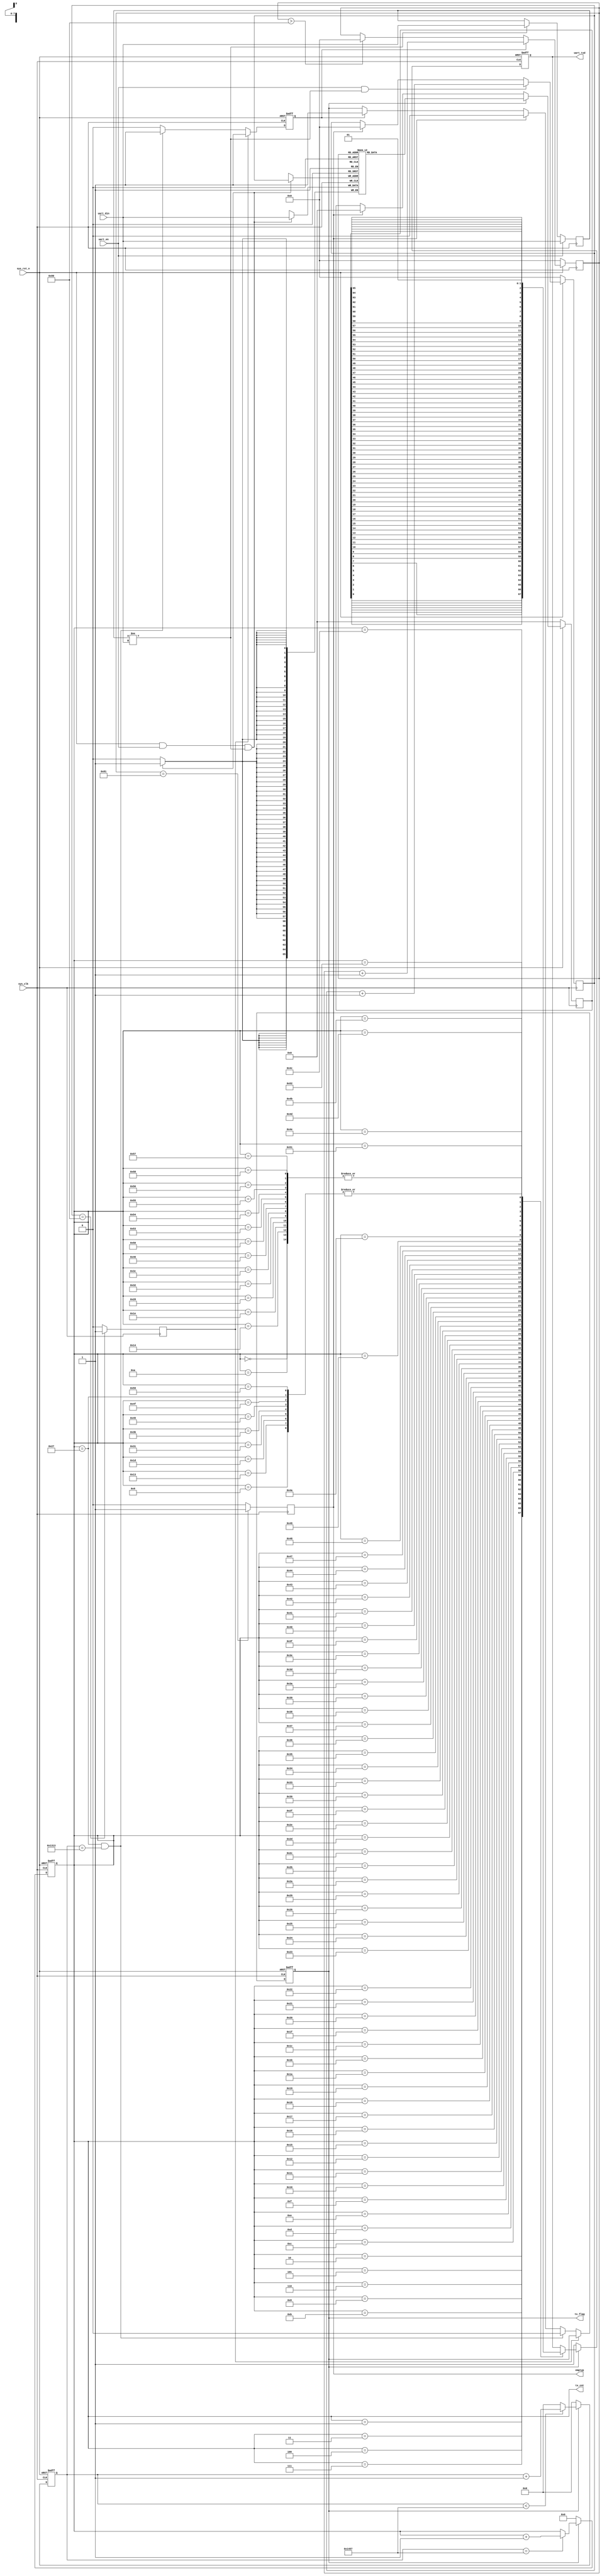
module uart_send
#(
parameter  WIDTH = 66,
parameter  CLK_FREQ = 50000000,            //ϵͳʱƵ
parameter  UART_BPS = 9600,                //ڲ
parameter  COUNT = 8,
parameter  DEPTH = 128
)
(
    input	      sys_clk,                  //ϵͳʱ
    input         sys_rst_n,                //ϵͳλ͵ƽЧ
    
    input         uart_en,                  //ʹź
    input  [WIDTH-1:0] uart_din,                 //
    
    output  reg   tx_flag,                  //͹̱־ź            
    output  reg [6:0] tx_cnt,              //ݼ
	output	emptyp,
    output  reg   uart_txd                  //UARTͶ˿
    );
    
//parameter define

localparam  BPS_CNT  = CLK_FREQ/UART_BPS;   //ΪõָʣϵͳʱӼBPS_CNT

//reg define
reg             	  emptyp;
reg             	  fullp;
reg	 [WIDTH-1:0]	  x;
reg					  rd_flag;
reg  [WIDTH-1:0] 	  tx_data;
reg	 [(COUNT-1):0]    tail;
reg	 [(COUNT-1):0]    head;  
reg  [15:0] 		  clk_cnt;                           //ϵͳʱӼ
reg	 [WIDTH-1:0]      fifomem[0:DEPTH];
//*****************************************************
//**                    main code
//*****************************************************
// douttailֵָָ
always @(posedge sys_clk)  begin
  if(!sys_rst_n) begin
    tx_data <= 66'd0;       // λźЧ0
  end
  else if(tx_flag)begin
    tx_data <= fifomem[tail];	//fifomemеtailԪdout
  end
  else if (emptyp == 1'b1)
	tx_data <= 66'd0;
  else 
	tx_data <= tx_data;
end
//tailָ
always @(posedge sys_clk) begin
    if(!sys_rst_n) begin
        tail<=8'd0;
    end
    else begin
        if(rd_flag==1'b1) 
        tail<=tail+1;
        else if (tail>DEPTH)
		tail<=8'd0;
    end
end

// д
always @(posedge sys_clk) begin
    if(sys_rst_n==1'b1 && uart_en==1'b1&& x!=uart_din ) begin
        fifomem[head]<=uart_din;      // д
    end
end
//xӳһ
/*always@(posedge sys_clk)
begin
	if(!sys_rst_n)
		x_delay <= 1'b0;
	else
		x_delay <= x;
end*/
//ÿdinֵǷͬ
always @(posedge sys_clk) begin
	if (uart_en==1'b1)
		x <= uart_din;
	else if (x != uart_din)
		x <= uart_din;
	else
		x <= x;
end	
// headָ
always @(posedge sys_clk) begin
    if(!sys_rst_n) begin
        head<=8'd0;
    end
    else begin
        if(uart_en==1'b1&& x!=uart_din) 
        head<=head+1;
        else if (emptyp==1'b1)
		head<=8'd0;
    end
end
// emptyָ
always @(posedge sys_clk) begin
   if (tail == DEPTH + 1)
      emptyp <= 1'b1;      //countΪ0ʱemptypΪ1
   else
      emptyp <= 1'b0;
end

always @(posedge sys_clk) begin
   if (head == DEPTH)
      fullp <= 1'b1;                     //ʱfullpΪ1
   else
      fullp <= 1'b0;
end

//źen_flagʱ,Ĵ͵ݣ뷢͹          
always @(posedge sys_clk or negedge sys_rst_n) begin         
    if (!sys_rst_n) begin                                  
        tx_flag <= 1'b0;
		rd_flag <= 1'b0;
    end 
    else if (fullp) begin                //⵽fifomemװ                      
            rd_flag <= 1'b1;                //뷢͹̣־λrd_flag
	end 											
    else if ((tx_cnt == 7'd39) && (clk_cnt == BPS_CNT - (BPS_CNT/16)))begin //ֹͣλʱֹͣ͹                                       
            rd_flag <= 1'b1;
			tx_flag <= 1'b0;			//͹̽־λtx_flag
	end
	else if (emptyp == 1'b1) begin	
			tx_flag <= 1'b0;
			rd_flag <= 1'b0;                            
    end
	else if(rd_flag == 1'b1)begin                                     
            tx_flag <= 1'b1;                
            rd_flag	<=1'b0; 			
	end			
    else 
		tx_flag <= tx_flag;               
end

//뷢͹̺ϵͳʱӼ
always @(posedge sys_clk or negedge sys_rst_n) begin         
    if (!sys_rst_n)                             
        clk_cnt <= 16'd0;                                  
    else if (tx_flag) begin                 //ڷ͹
        if (clk_cnt < BPS_CNT - 1)
            clk_cnt <= clk_cnt + 1'b1;
        else
            clk_cnt <= 16'd0;               //ϵͳʱӼһں
    end
    else                             
        clk_cnt <= 16'd0; 				    //͹̽
end

//뷢͹̺ݼ
always @(posedge sys_clk or negedge sys_rst_n) begin         
    if (!sys_rst_n)                             
        tx_cnt <= 7'd0;
    else if (tx_flag) begin                 //ڷ͹
        if (clk_cnt == BPS_CNT - 1)			//ϵͳʱӼһ
            tx_cnt <= tx_cnt + 1'b1;		//ʱݼ1
        else
            tx_cnt <= tx_cnt;       
    end
    else                              
        tx_cnt  <= 7'd0;				    //͹̽
end

//ݷݼuartͶ˿ڸֵ
always @(posedge sys_clk or negedge sys_rst_n) begin        
    if (!sys_rst_n)  
        uart_txd <= 1'b1;        
    else if (tx_flag)
        case(tx_cnt)
            7'd0: uart_txd <= 1'b0;         //ʼλ 
            7'd1: uart_txd <= tx_data[0];   //λλ
            7'd2: uart_txd <= tx_data[1];
            7'd3: uart_txd <= tx_data[2];
            7'd4: uart_txd <= tx_data[3];
            7'd5: uart_txd <= tx_data[4];
            7'd6: uart_txd <= tx_data[5];
			7'd7: uart_txd <= tx_data[6];
            7'd8: uart_txd <= tx_data[7];
			7'd9: uart_txd <= 1'b1;
			
			7'd10: uart_txd <= 1'b0;   
			7'd11: uart_txd <= tx_data[8];   
            7'd12: uart_txd <= tx_data[9];
            7'd13: uart_txd <= tx_data[10];
            7'd14: uart_txd <= tx_data[11];
			7'd15: uart_txd <= tx_data[12];
            7'd16: uart_txd <= tx_data[13];
            7'd17: uart_txd <= tx_data[14];
            7'd18: uart_txd <= tx_data[15];
			7'd19: uart_txd <= 1'b1;
			
			7'd20: uart_txd <= 1'b0;
			7'd21: uart_txd <= tx_data[16];
            7'd22: uart_txd <= tx_data[17];
			7'd23: uart_txd <= tx_data[18];
            7'd24: uart_txd <= tx_data[19];
            7'd25: uart_txd <= tx_data[20];
            7'd26: uart_txd <= tx_data[21];
			7'd27: uart_txd <= tx_data[22];
            7'd28: uart_txd <= tx_data[23];
			7'd29: uart_txd <= 1'b1;
			
			7'd30: uart_txd <= 1'b0;
            7'd31: uart_txd <= tx_data[24];
            7'd32: uart_txd <= tx_data[25];
			7'd33: uart_txd <= tx_data[26];
            7'd34: uart_txd <= tx_data[27];
            7'd35: uart_txd <= tx_data[28];
            7'd36: uart_txd <= tx_data[29];
			7'd37: uart_txd <= tx_data[30];
			7'd38: uart_txd <= tx_data[31];
			7'd39: uart_txd <= 1'b1;
			
			7'd40: uart_txd <= 1'b0;
			7'd41: uart_txd <= tx_data[32];
            7'd42: uart_txd <= tx_data[33];
            7'd43: uart_txd <= tx_data[34];
            7'd44: uart_txd <= tx_data[35];
			7'd45: uart_txd <= tx_data[36];
            7'd46: uart_txd <= tx_data[37];
            7'd47: uart_txd <= tx_data[38];
            7'd48: uart_txd <= tx_data[39];
			7'd49: uart_txd <= 1'b1;
			
			7'd50: uart_txd <= 1'b0;
            7'd51: uart_txd <= tx_data[40];
			7'd52: uart_txd <= tx_data[41];
			7'd53: uart_txd <= tx_data[42];
            7'd54: uart_txd <= tx_data[43];
            7'd55: uart_txd <= tx_data[44];
            7'd56: uart_txd <= tx_data[45];
			7'd57: uart_txd <= tx_data[46];
            7'd58: uart_txd <= tx_data[47];
			7'd59: uart_txd <= 1'b1;
			
			7'd60: uart_txd <= 1'b0;
            7'd61: uart_txd <= tx_data[48];
            7'd62: uart_txd <= tx_data[49];
            7'd63: uart_txd <= tx_data[50];
			7'd64: uart_txd <= tx_data[51];
			7'd65: uart_txd <= tx_data[52];
            7'd66: uart_txd <= tx_data[53];
			7'd67: uart_txd <= tx_data[54];
            7'd68: uart_txd <= tx_data[55];
			7'd69: uart_txd <= 1'b1;
			
			7'd70: uart_txd <= 1'b0;
			7'd71: uart_txd <= tx_data[56];
            7'd72: uart_txd <= tx_data[57];
            7'd73: uart_txd <= tx_data[58];
            7'd74: uart_txd <= tx_data[59];
			7'd75: uart_txd <= tx_data[60];
			7'd76: uart_txd <= tx_data[61];
			7'd77: uart_txd <= tx_data[62];
            7'd78: uart_txd <= tx_data[63];
			7'd79: uart_txd <= 1'b1;
			
			7'd80: uart_txd <= 1'b0;
            7'd81: uart_txd <= tx_data[64];
            7'd82: uart_txd <= tx_data[65];			//λλ
            7'd83: uart_txd <= 1'b0;
			7'd84: uart_txd <= 1'b0;
			7'd85: uart_txd <= 1'b0;
			7'd86: uart_txd <= 1'b0;
			7'd87: uart_txd <= 1'b0;
			7'd88: uart_txd <= 1'b0;
			7'd89: uart_txd <= 1'b1;         //ֹͣλ
            default: ;
        endcase
    else 
        uart_txd <= 1'b1;                   //ʱͶ˿Ϊߵƽ
end

endmodule